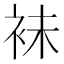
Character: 𧙕